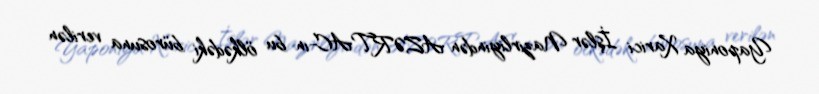
Yaponiya Xarici İşlər Nazirliyindən AZƏRTAC-ın bu ölkədəki bürosuna verilən